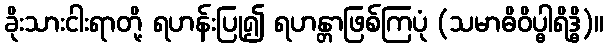
ခိုးသားငါးရာတို့ ရဟန်းပြု၍ ရဟန္တာဖြစ်ကြပုံ (သမာဓိဝိပ္ဓါရိဒ္ဓိ)။